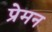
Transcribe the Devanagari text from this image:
प्रेमन